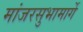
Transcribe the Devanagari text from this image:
मांजरसुभामार्गे